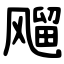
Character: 飗